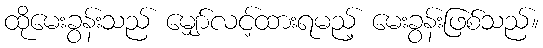
ထိုမေးခွန်းသည် မျှော်လင့်ထားရမည့် မေးခွန်းဖြစ်သည်။